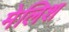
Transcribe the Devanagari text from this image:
मेलिश